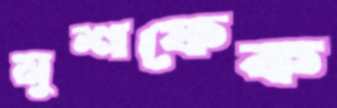
মুশফেক